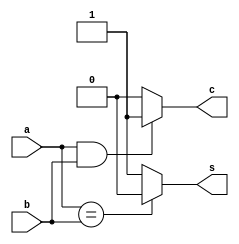
`timescale 10ns / 100ps // 

module half_adder( a,b,s,c);

input a,b;
output s,c;

reg s,c; 

always @( a or b)
begin 
    if (a==b) s = 0;
    else s = 1;
    
    if ( a == 1 && b == 1) c = 1 ;
    else c = 0;

end

endmodule